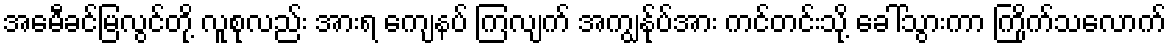
အေမီခင်မြလွင်တို့ လူစုလည်း အားရ ကျေနပ် ကြလျက် အကျွန်ုပ်အား ကင်တင်းသို့ ခေါ်သွားကာ ကြိုက်သလောက်